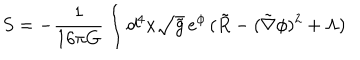
S = - \frac { 1 } { 1 6 \pi G } \int d ^ { 4 } x \sqrt { \tilde { g } } \, e ^ { \phi } \, ( \tilde { R } - ( \tilde { \nabla } \phi ) ^ { 2 } + \Lambda )